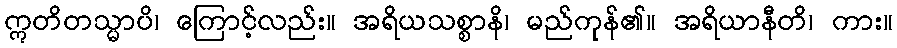
ဣတိတသ္မာပိ၊ ကြောင့်လည်း။ အရိယသစ္စာနိ၊ မည်ကုန်၏။ အရိယာနီတိ၊ ကား။